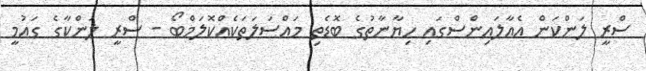
ސްރީ ލަންކަން އެއާލައިންސްގައި ހިޔާނާތުގެ ބޮޑެތި މައްސަލަތަކެއްކޮލަމްބޯ - ސްރީ ލަންކާގެ ގައުމީ